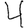
Digit: 4